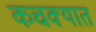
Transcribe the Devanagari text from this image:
कचक्यात